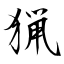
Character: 猟